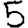
Digit: 5